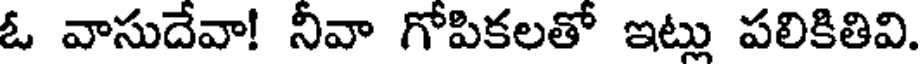
ఓ వాసుదేవా! నీవా గోపికలతో ఇట్లు పలికితివి.